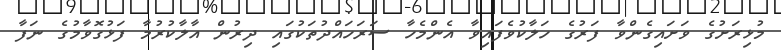
މުޅިރަށުގެ ވަށައިގެންވާ ފަރުގެ ހަލާކުވެފައިވާ އެންމެހާ ސަރަހައްދުތަކުގައި ދިރުން އާލާކުރުމާ ފަޅުގޮވާމުގެ ނަފާ